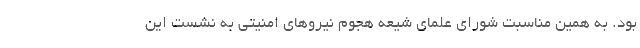
بود. به همین مناسبت شورای علمای شیعه هجوم نیروهای امنیتی به نشست این